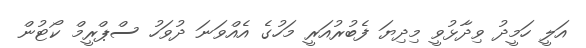
އަލީ ހަމީދު ވިދާޅުވީ މިދިޔަ ފެބުރުއަރީ މަހުގެ އެއްވަނަ ދުވަހު ސްޕްރީމް ކޯޓުން